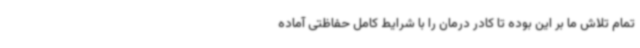
تمام تلاش ما بر این بوده تا کادر درمان را با شرایط کامل حفاظتی آماده